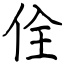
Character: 佺